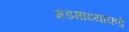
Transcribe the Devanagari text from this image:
गडमाथ्याकडे